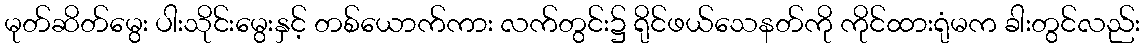
မုတ်ဆိတ်မွေး ပါးသိုင်းမွေးနှင့် တစ်ယောက်ကား လက်တွင်း၌ ရိုင်ဖယ်သေနတ်ကို ကိုင်ထားရုံမက ခါးတွင်လည်း